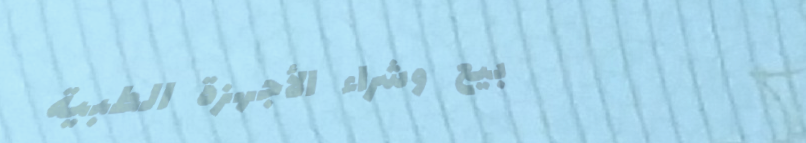
بيع وشراء الأجهزة الطبية